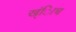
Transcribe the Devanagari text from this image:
ख्ंिाच